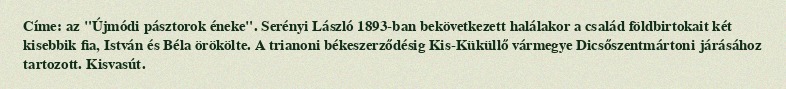
Címe: az "Újmódi pásztorok éneke". Serényi László 1893-ban bekövetkezett halálakor a család földbirtokait két kisebbik fia, István és Béla örökölte. A trianoni békeszerződésig Kis-Küküllő vármegye Dicsőszentmártoni járásához tartozott. Kisvasút.